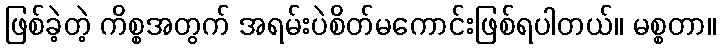
ဖြစ်ခဲ့တဲ့ ကိစ္စအတွက် အရမ်းပဲစိတ်မကောင်းဖြစ်ရပါတယ်။ မစ္စတာ။